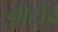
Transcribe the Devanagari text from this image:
झीटीई